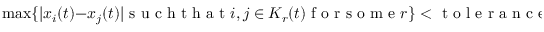
\operatorname* { m a x } \{ | x _ { i } ( t ) - x _ { j } ( t ) | \mathrm { ~ s ~ u ~ c ~ h ~ t ~ h ~ a ~ t ~ } i , j \in K _ { r } ( t ) \mathrm { ~ f ~ o ~ r ~ s ~ o ~ m ~ e ~ } r \} < \mathrm { ~ t ~ o ~ l ~ e ~ r ~ a ~ n ~ c ~ e ~ } \, .